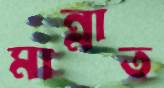
মান্নাত